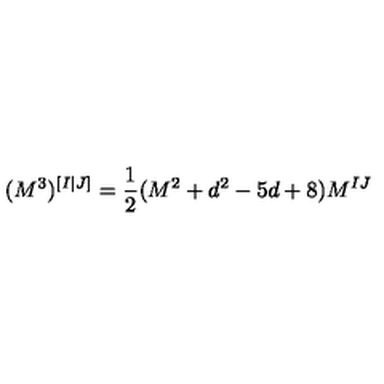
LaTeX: ( M ^ { 3 } ) ^ { [ I | J ] } = \frac { 1 } { 2 } ( M ^ { 2 } + d ^ { 2 } - 5 d + 8 ) M ^ { I J }